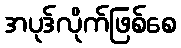
အပုဒ်လိုက်ဖြစ်စေ